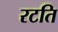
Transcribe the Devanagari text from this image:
रटति